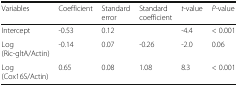
<table><thead><tr><td><b>Variables</b></td><td><b>Coefficient</b></td><td><b>Standard error</b></td><td><b>Standard coefficient</b></td><td><b><i>t</i>-value</b></td><td><b><i>P-</i>value</b></td></tr></thead><tbody><tr><td>Intercept</td><td>-0.53</td><td>0.12</td><td></td><td>-4.4</td><td>&lt; 0.001</td></tr><tr><td>Log (Ric-gltA/Actin)</td><td>-0.14</td><td>0.07</td><td>-0.26</td><td>-2.0</td><td>0.06</td></tr><tr><td>Log (Cox16S/Actin)</td><td>0.65</td><td>0.08</td><td>1.08</td><td>8.3</td><td>&lt; 0.001</td></tr></tbody></table>